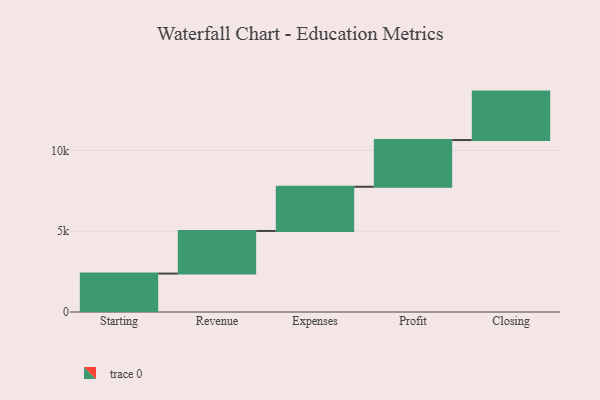
{"axis": {"x": "Step", "y": "Value"}, "legend": [""], "data": [{"x": "Starting", "y": 2376.0, "type": ""}, {"x": "Revenue", "y": 2636.0, "type": ""}, {"x": "Expenses", "y": 2734.0, "type": ""}, {"x": "Profit", "y": 2889.0, "type": ""}, {"x": "Closing", "y": 2996.0, "type": ""}]}